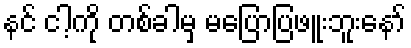
နင် ငါ့ကို တစ်ခါမှ မပြောပြဖူးဘူးနော်